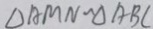
\Delta A M N \sim \Delta A B C